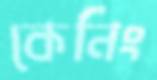
কেনিং